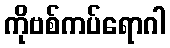
ကိုဗစ်ကပ်ရောဂါ